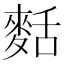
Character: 𪌩